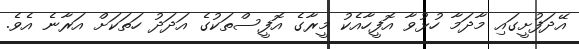
އޭދަފުށީގައި މާދަމާ ހުޅުވާ އޮފީހާއެކު މީރާގެ އޮފީސްތަކުގެ އަދަދު ހަތަކަށް އަރާނެ އެވެ.